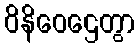
ဝိနိဝေဌေတွာ